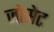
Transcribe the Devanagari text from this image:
जोसेट